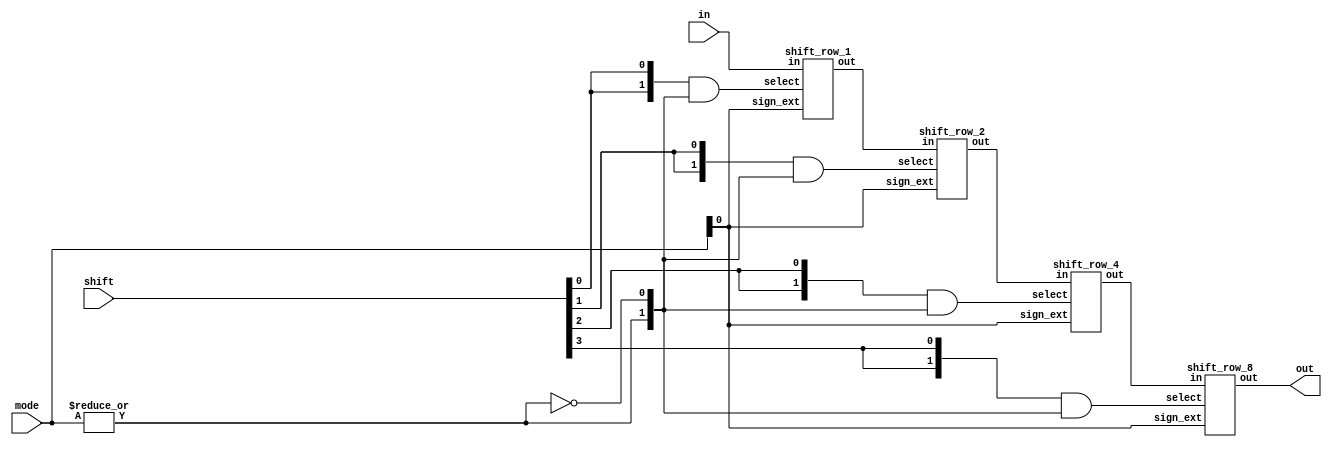
module shifter (in, out, shift, mode);
    input   [15:0]  in;
    input   [3:0]   shift;
    input   [1:0]   mode; // 0 - Left Shift, 1 - Arithmetic right shift, 2 - Right rotation

    output  [15:0]  out;

    wire    [15:0]  res_row0, res_row1, res_row2;
    wire    [1:0]   select;

    assign select = { |mode, ~(|mode) };

    shift_row_1 row0 (.in(in), .out(res_row0), .select({2{shift[0]}} & select), .sign_ext(mode[0]));
    shift_row_2 row1 (.in(res_row0), .out(res_row1), .select({2{shift[1]}} & select), .sign_ext(mode[0]));
    shift_row_4 row2 (.in(res_row1), .out(res_row2), .select({2{shift[2]}} & select), .sign_ext(mode[0]));
    shift_row_8 row3 (.in(res_row2), .out(out), .select({2{shift[3]}} & select), .sign_ext(mode[0]));
endmodule


module mux_3 (in, out, select);
    input   [2:0]   in;
    input   [1:0]   select;

    output          out;

    assign out = (~select[1] & ~select[0] & in[1]) | (~select[1] & select[0] & in[2]) | (select[1] & ~select[0] & in[0]);
endmodule


module shift_row_1 (in, out, select, sign_ext);
    input   [15:0]  in;
    input   [1:0]   select;
    input           sign_ext;

    output  [15:0]  out;

    mux_3 bit0  (.in({ 1'b0,     in[0],  in[1] }), .out(out[0]),  .select(select));
    mux_3 bit1  (.in({ in[0],    in[1],  in[2] }), .out(out[1]),  .select(select));
    mux_3 bit2  (.in({ in[1],    in[2],  in[3] }), .out(out[2]),  .select(select));
    mux_3 bit3  (.in({ in[2],    in[3],  in[4] }), .out(out[3]),  .select(select));

    mux_3 bit4  (.in({ in[3],    in[4],  in[5] }), .out(out[4]),  .select(select));
    mux_3 bit5  (.in({ in[4],    in[5],  in[6] }), .out(out[5]),  .select(select));
    mux_3 bit6  (.in({ in[5],    in[6],  in[7] }), .out(out[6]),  .select(select));
    mux_3 bit7  (.in({ in[6],    in[7],  in[8] }), .out(out[7]),  .select(select));

    mux_3 bit8  (.in({ in[7],    in[8],  in[9] }), .out(out[8]),  .select(select));
    mux_3 bit9  (.in({ in[8],    in[9],  in[10]}), .out(out[9]),  .select(select));
    mux_3 bit10 (.in({ in[9],    in[10], in[11]}), .out(out[10]), .select(select));
    mux_3 bit11 (.in({ in[10],   in[11], in[12]}), .out(out[11]), .select(select));

    mux_3 bit12 (.in({ in[11],   in[12], in[13]}), .out(out[12]), .select(select));
    mux_3 bit13 (.in({ in[12],   in[13], in[14]}), .out(out[13]), .select(select));
    mux_3 bit14 (.in({ in[13],   in[14], in[15]}), .out(out[14]), .select(select));
    mux_3 bit15 (.in({ in[14],   in[15], in[0] & ~sign_ext | sign_ext & in[15]}), .out(out[15]), .select(select));
endmodule


module shift_row_2 (in, out, select, sign_ext);
    input   [15:0]  in;
    input   [1:0]   select;
    input           sign_ext;

    output  [15:0]  out;

    mux_3 bit0  (.in({ 1'b0,     in[0],  in[2] }), .out(out[0]),  .select(select));
    mux_3 bit1  (.in({ 1'b0,     in[1],  in[3] }), .out(out[1]),  .select(select));
    mux_3 bit2  (.in({ in[0],    in[2],  in[4] }), .out(out[2]),  .select(select));
    mux_3 bit3  (.in({ in[1],    in[3],  in[5] }), .out(out[3]),  .select(select));

    mux_3 bit4  (.in({ in[2],    in[4],  in[6] }), .out(out[4]),  .select(select));
    mux_3 bit5  (.in({ in[3],    in[5],  in[7] }), .out(out[5]),  .select(select));
    mux_3 bit6  (.in({ in[4],    in[6],  in[8] }), .out(out[6]),  .select(select));
    mux_3 bit7  (.in({ in[5],    in[7],  in[9] }), .out(out[7]),  .select(select));

    mux_3 bit8  (.in({ in[6],    in[8],  in[10]}), .out(out[8]),  .select(select));
    mux_3 bit9  (.in({ in[7],    in[9],  in[11]}), .out(out[9]),  .select(select));
    mux_3 bit10 (.in({ in[8],    in[10], in[12]}), .out(out[10]), .select(select));
    mux_3 bit11 (.in({ in[9],    in[11], in[13]}), .out(out[11]), .select(select));

    mux_3 bit12 (.in({ in[10],   in[12], in[14]}), .out(out[12]), .select(select));
    mux_3 bit13 (.in({ in[11],   in[13], in[15]}), .out(out[13]), .select(select));
    mux_3 bit14 (.in({ in[12],   in[14], in[0] & ~sign_ext | sign_ext & in[15]}), .out(out[14]), .select(select));
    mux_3 bit15 (.in({ in[13],   in[15], in[1] & ~sign_ext | sign_ext & in[15]}), .out(out[15]), .select(select));
endmodule


module shift_row_4 (in, out, select, sign_ext);
    input   [15:0]  in;
    input   [1:0]   select;
    input           sign_ext;

    output  [15:0]  out;

    mux_3 bit0  (.in({ 1'b0,     in[0],  in[4] }), .out(out[0]),  .select(select));
    mux_3 bit1  (.in({ 1'b0,     in[1],  in[5] }), .out(out[1]),  .select(select));
    mux_3 bit2  (.in({ 1'b0,     in[2],  in[6] }), .out(out[2]),  .select(select));
    mux_3 bit3  (.in({ 1'b0,     in[3],  in[7] }), .out(out[3]),  .select(select));

    mux_3 bit4  (.in({ in[0],    in[4],  in[8] }), .out(out[4]),  .select(select));
    mux_3 bit5  (.in({ in[1],    in[5],  in[9] }), .out(out[5]),  .select(select));
    mux_3 bit6  (.in({ in[2],    in[6],  in[10]}), .out(out[6]),  .select(select));
    mux_3 bit7  (.in({ in[3],    in[7],  in[11]}), .out(out[7]),  .select(select));

    mux_3 bit8  (.in({ in[4],    in[8],  in[12]}), .out(out[8]),  .select(select));
    mux_3 bit9  (.in({ in[5],    in[9],  in[13]}), .out(out[9]),  .select(select));
    mux_3 bit10 (.in({ in[6],    in[10], in[14]}), .out(out[10]), .select(select));
    mux_3 bit11 (.in({ in[7],    in[11], in[15]}), .out(out[11]), .select(select));

    mux_3 bit12 (.in({ in[8],    in[12], in[0] & ~sign_ext | sign_ext & in[15]}), .out(out[12]), .select(select));
    mux_3 bit13 (.in({ in[9],    in[13], in[1] & ~sign_ext | sign_ext & in[15]}), .out(out[13]), .select(select));
    mux_3 bit14 (.in({ in[10],   in[14], in[2] & ~sign_ext | sign_ext & in[15]}), .out(out[14]), .select(select));
    mux_3 bit15 (.in({ in[11],   in[15], in[3] & ~sign_ext | sign_ext & in[15]}), .out(out[15]), .select(select));
endmodule


module shift_row_8 (in, out, select, sign_ext);
    input   [15:0]  in;
    input   [1:0]   select;
    input           sign_ext;

    output  [15:0]  out;

    mux_3 bit0  (.in({ 1'b0,     in[0],  in[8] }), .out(out[0]),  .select(select));
    mux_3 bit1  (.in({ 1'b0,     in[1],  in[9] }), .out(out[1]),  .select(select));
    mux_3 bit2  (.in({ 1'b0,     in[2],  in[10]}), .out(out[2]),  .select(select));
    mux_3 bit3  (.in({ 1'b0,     in[3],  in[11]}), .out(out[3]),  .select(select));

    mux_3 bit4  (.in({ 1'b0,     in[4],  in[12]}), .out(out[4]),  .select(select));
    mux_3 bit5  (.in({ 1'b0,     in[5],  in[13]}), .out(out[5]),  .select(select));
    mux_3 bit6  (.in({ 1'b0,     in[6],  in[14]}), .out(out[6]),  .select(select));
    mux_3 bit7  (.in({ 1'b0,     in[7],  in[15]}), .out(out[7]),  .select(select));

    mux_3 bit8  (.in({ in[0],    in[8],  in[0] & ~sign_ext | sign_ext & in[15]}), .out(out[8]),  .select(select));
    mux_3 bit9  (.in({ in[1],    in[9],  in[1] & ~sign_ext | sign_ext & in[15]}), .out(out[9]),  .select(select));
    mux_3 bit10 (.in({ in[2],    in[10], in[2] & ~sign_ext | sign_ext & in[15]}), .out(out[10]), .select(select));
    mux_3 bit11 (.in({ in[3],    in[11], in[3] & ~sign_ext | sign_ext & in[15]}), .out(out[11]), .select(select));

    mux_3 bit12 (.in({ in[4],    in[12], in[4] & ~sign_ext | sign_ext & in[15]}), .out(out[12]), .select(select));
    mux_3 bit13 (.in({ in[5],    in[13], in[5] & ~sign_ext | sign_ext & in[15]}), .out(out[13]), .select(select));
    mux_3 bit14 (.in({ in[6],    in[14], in[6] & ~sign_ext | sign_ext & in[15]}), .out(out[14]), .select(select));
    mux_3 bit15 (.in({ in[7],    in[15], in[7] & ~sign_ext | sign_ext & in[15]}), .out(out[15]), .select(select));
endmodule